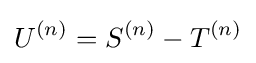
U^{(n)}=S^{(n)}-T^{(n)}